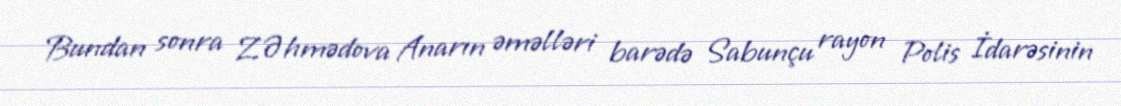
Bundan sonra Z.Əhmədova Anarın əməlləri barədə Sabunçu rayon Polis İdarəsinin